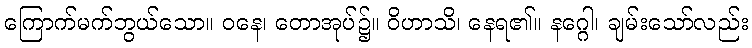
ကြောက်မက်ဘွယ်သော။ ဝနေ၊ တောအုပ်၌။ ဝိဟာသိ၊ နေရ၏။ နဂ္ဂေါ၊ ချမ်းသော်လည်း